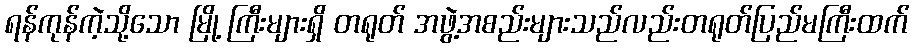
ရန်ကုန်ကဲ့သို့သော မြို့ ကြီးများရှိ တရုတ် အဖွဲ့အစည်းများသည်လည်းတရုတ်ပြည်မကြီးထက်